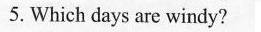
5. Which days are windy?